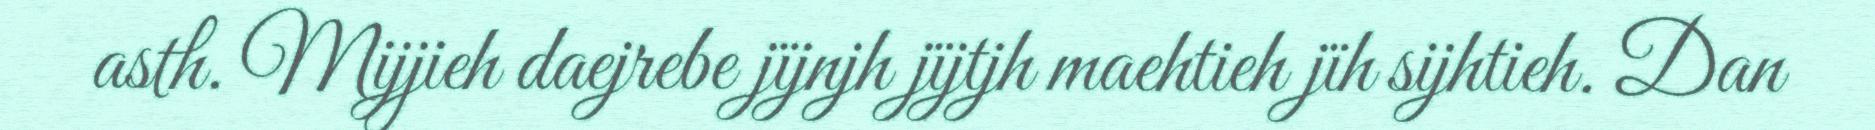
asth. Mijjieh daejrebe jïjnjh jïjtjh maehtieh jïh sijhtieh. Dan